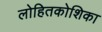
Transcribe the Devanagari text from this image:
लोहितकोशिका